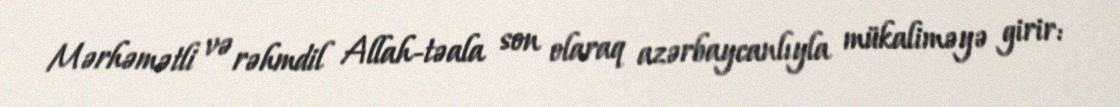
Mərhəmətli və rəhmdil Allah-təala son olaraq azərbaycanlıyla mükaliməyə girir: